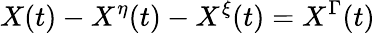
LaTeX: X(t)-X^{\eta}(t)-X^{\xi}(t)=X^{\Gamma}(t)